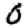
Digit: 0